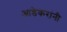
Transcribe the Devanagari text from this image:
आडेकरांनी